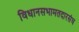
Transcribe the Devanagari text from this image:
विधानसभामतदारसंघ